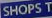
SHOPS T